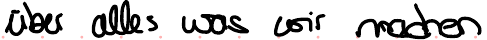
über alles was wir machen